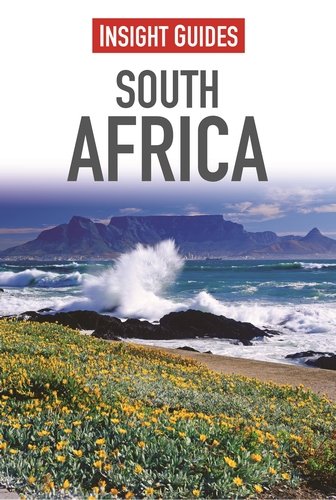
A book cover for Insight Guides: South Africa; Insight Guides; Travel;